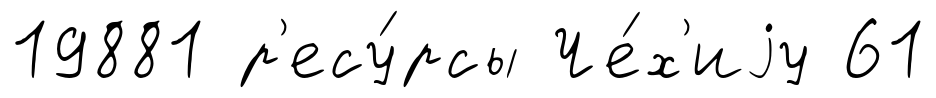
19881 р'есу́рсы Че́х'иjу 61